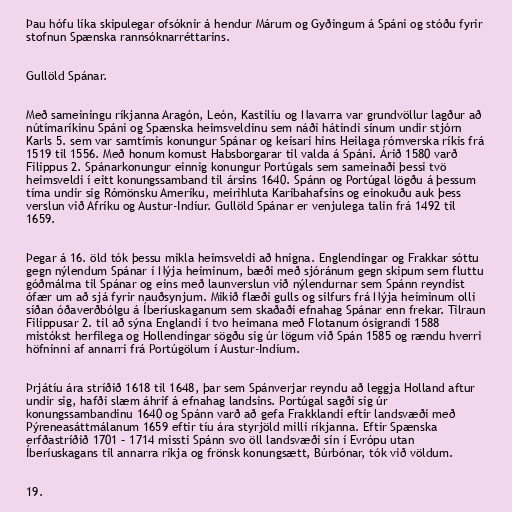
Þau hófu líka skipulegar ofsóknir á hendur Márum og Gyðingum á Spáni og stóðu fyrir
stofnun Spænska rannsóknarréttarins.

Gullöld Spánar.

Með sameiningu ríkjanna Aragón, León, Kastilíu og Navarra var grundvöllur lagður að
nútímaríkinu Spáni og Spænska heimsveldinu sem náði hátindi sínum undir stjórn
Karls 5. sem var samtímis konungur Spánar og keisari hins Heilaga rómverska ríkis frá
1519 til 1556. Með honum komust Habsborgarar til valda á Spáni. Árið 1580 varð
Filippus 2. Spánarkonungur einnig konungur Portúgals sem sameinaði þessi tvö
heimsveldi í eitt konungssamband til ársins 1640. Spánn og Portúgal lögðu á þessum
tíma undir sig Rómönsku Ameríku, meirihluta Karíbahafsins og einokuðu auk þess
verslun við Afríku og Austur-Indíur. Gullöld Spánar er venjulega talin frá 1492 til
1659.

Þegar á 16. öld tók þessu mikla heimsveldi að hnigna. Englendingar og Frakkar sóttu
gegn nýlendum Spánar í Nýja heiminum, bæði með sjóránum gegn skipum sem fluttu
góðmálma til Spánar og eins með launverslun við nýlendurnar sem Spánn reyndist
ófær um að sjá fyrir nauðsynjum. Mikið flæði gulls og silfurs frá Nýja heiminum olli
síðan óðaverðbólgu á Íberíuskaganum sem skaðaði efnahag Spánar enn frekar. Tilraun
Filippusar 2. til að sýna Englandi í tvo heimana með Flotanum ósigrandi 1588
mistókst herfilega og Hollendingar sögðu sig úr lögum við Spán 1585 og rændu hverri
höfninni af annarri frá Portúgölum í Austur-Indíum.

Þrjátíu ára stríðið 1618 til 1648, þar sem Spánverjar reyndu að leggja Holland aftur
undir sig, hafði slæm áhrif á efnahag landsins. Portúgal sagði sig úr
konungssambandinu 1640 og Spánn varð að gefa Frakklandi eftir landsvæði með
Pýreneasáttmálanum 1659 eftir tíu ára styrjöld milli ríkjanna. Eftir Spænska
erfðastríðið 1701 – 1714 missti Spánn svo öll landsvæði sín í Evrópu utan
Íberíuskagans til annarra ríkja og frönsk konungsætt, Búrbónar, tók við völdum.

19.